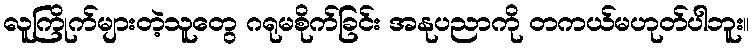
လူကြိုက်များတဲ့သူတွေ ဂရုမစိုက်ခြင်း အနုပညာကို တကယ်မဟုတ်ပါဘူး။